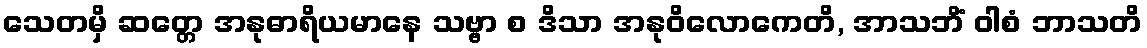
သေတမှိ ဆတ္တေ အနုဓာရိယမာနေ သဗ္ဗာ စ ဒိသာ အနုဝိလောကေတိ, အာသဘိံ ဝါစံ ဘာသတိ